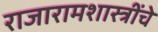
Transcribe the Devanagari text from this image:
राजारामशास्त्रींचे